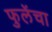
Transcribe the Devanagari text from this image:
फुलेंचा